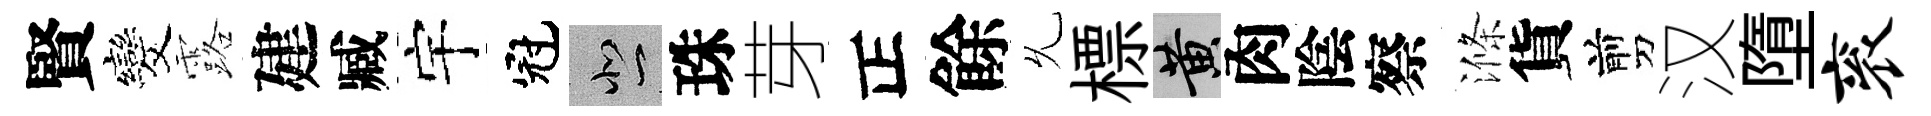
賢发露建臧宇冠悲珠芽正餘𠃔標黄肉陰察滌貨剪汉墮衮